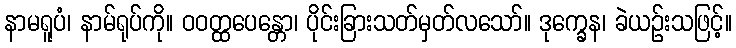
နာမရူပံ၊ နာမ်ရုပ်ကို။ ဝဝတ္ထပေန္တော၊ ပိုင်းခြားသတ်မှတ်လသော်။ ဒုက္ခေန၊ ခဲယဉ်းသဖြင့်။